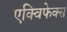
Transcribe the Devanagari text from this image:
एक्विफेक्स